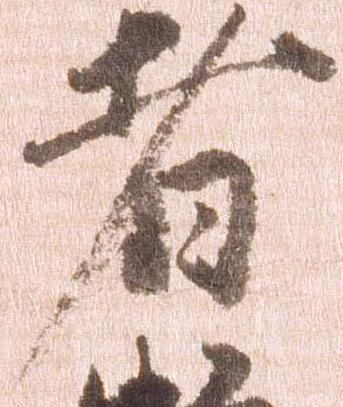
者